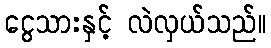
ငွေသားနှင့် လဲလှယ်သည်။